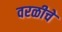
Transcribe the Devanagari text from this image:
वरळीचे